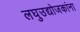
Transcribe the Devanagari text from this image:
लघुउद्योजकांना